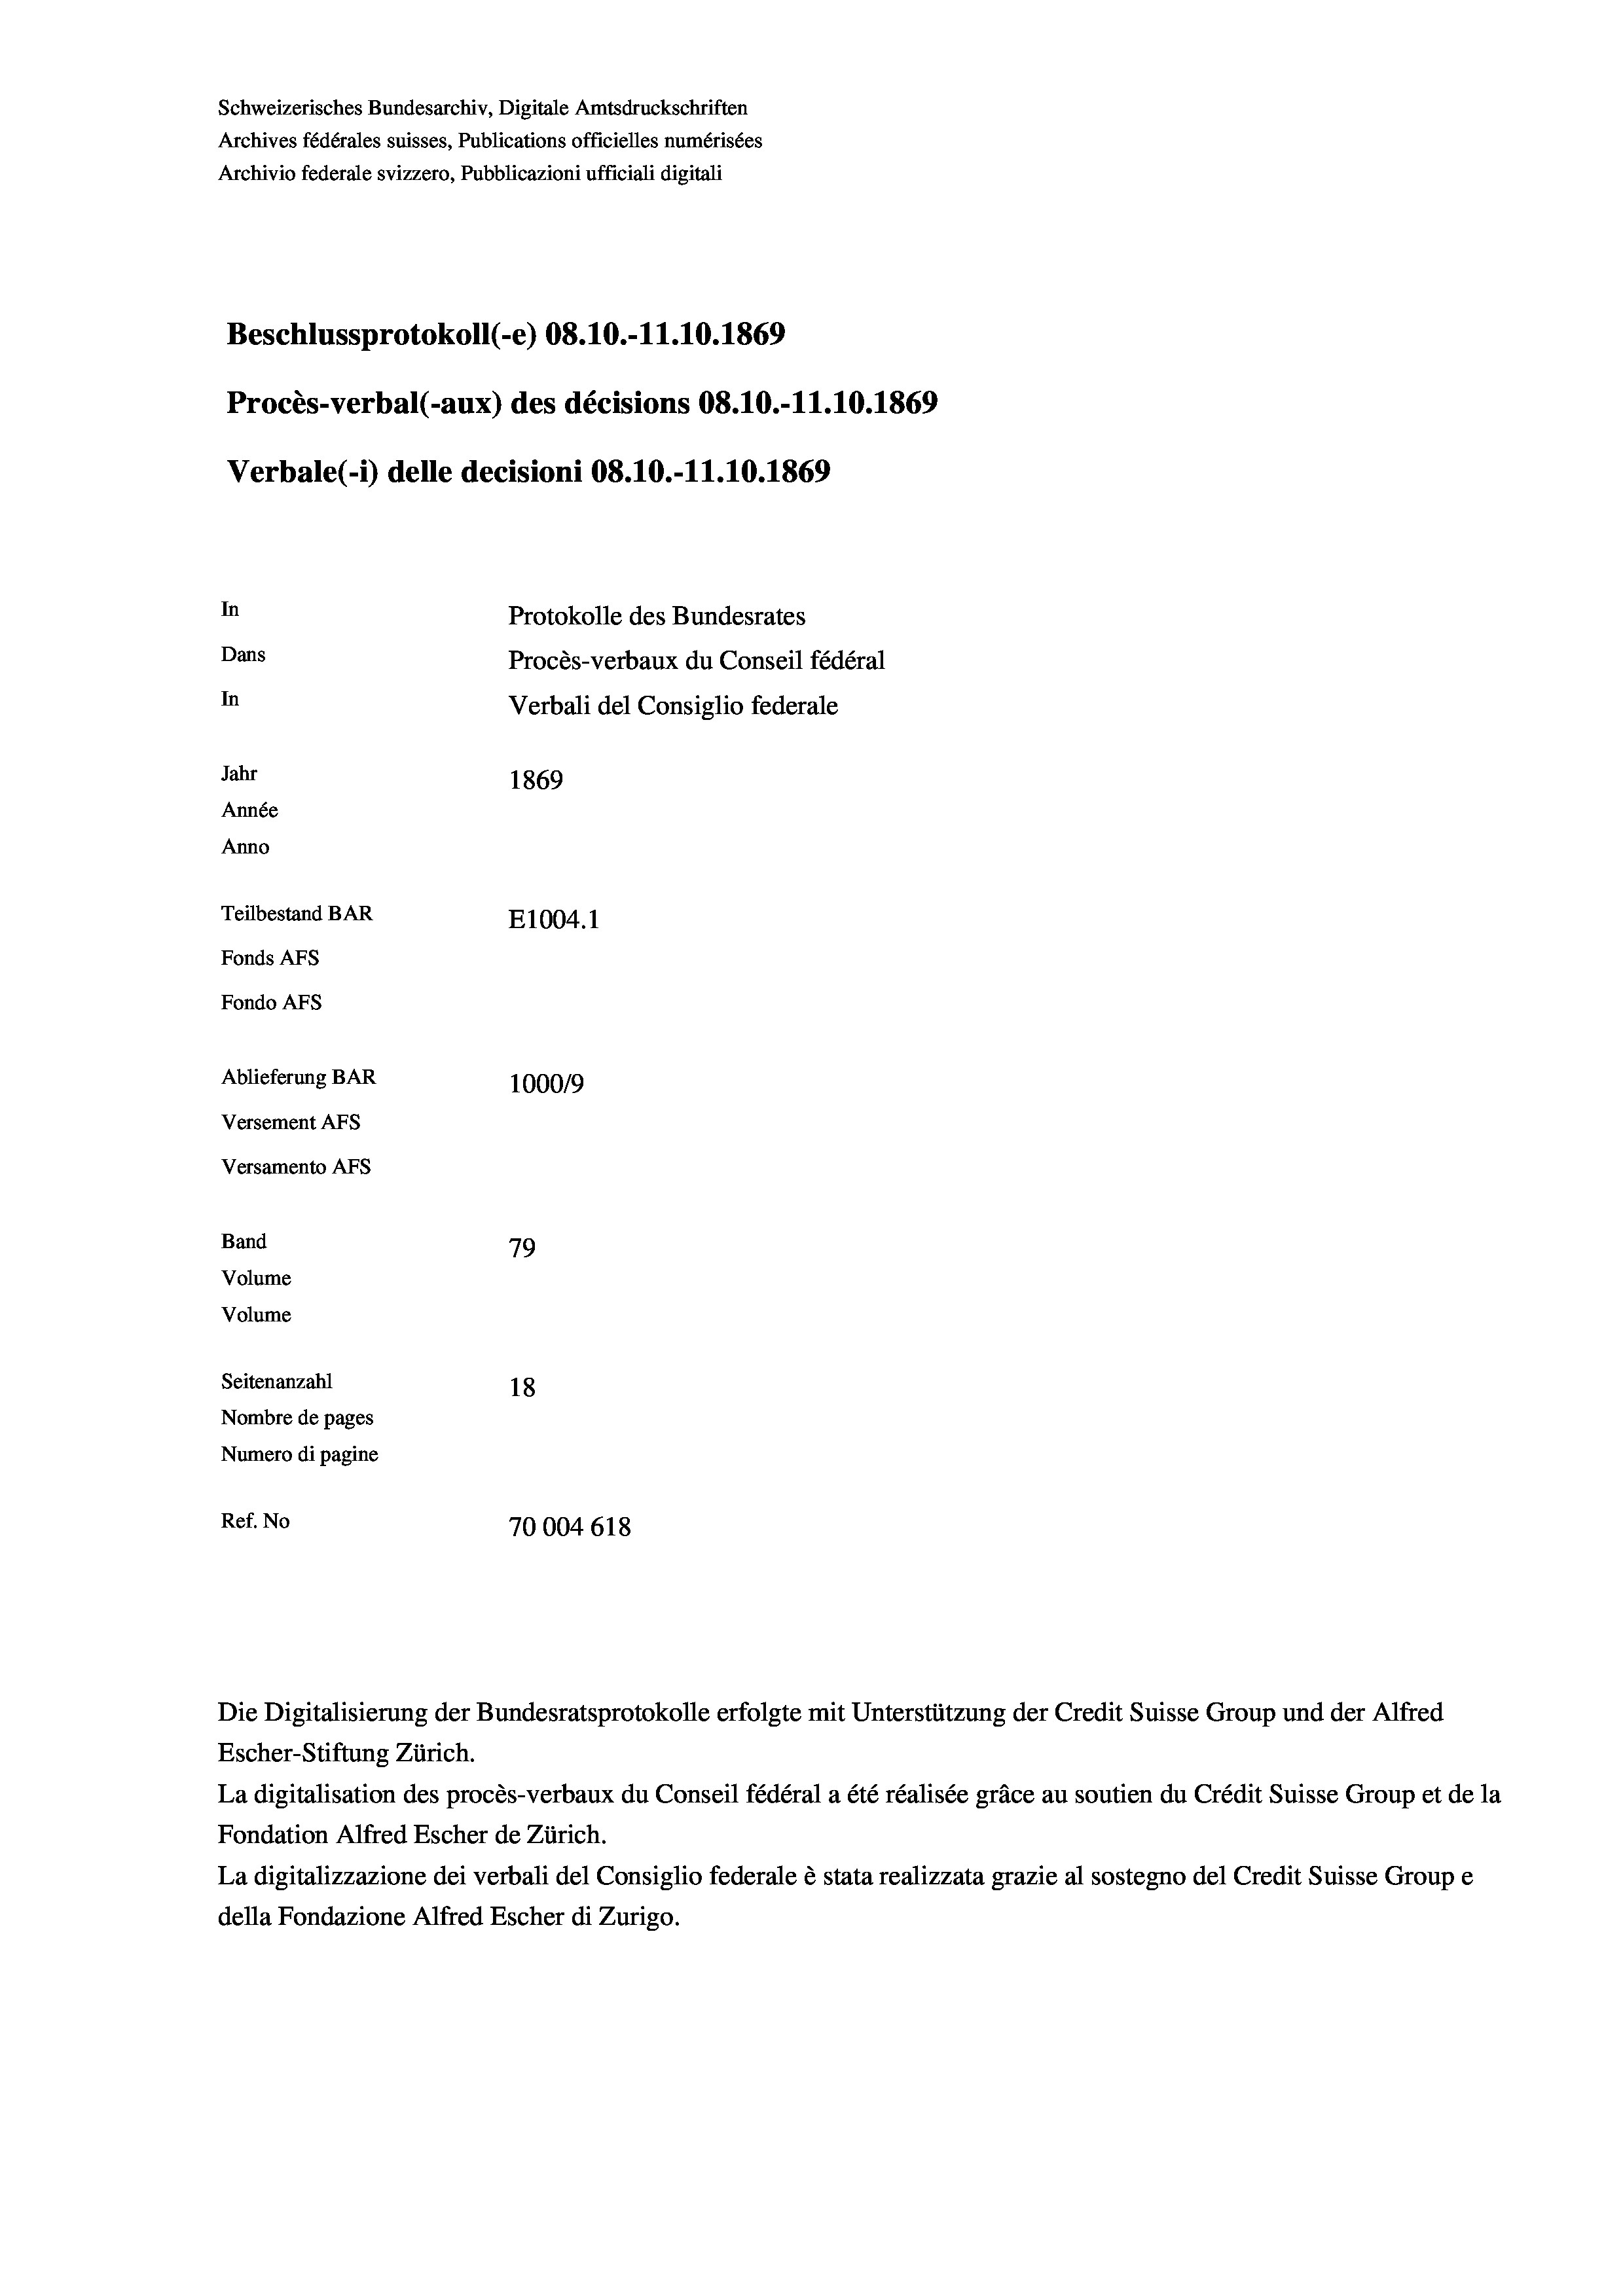
Schweizerisches Bundesarchiv, Digitale Amtsdruckschriften
Archives fédérales suisses, Publications officielles numérisées
Archivio federale svizzero, Pubblicazioni ufficiali digitali
Beschlussprotokoll (-e) 08.10.-11.10.1869
Procès-verbal (-aux) des décisions 08.10.-11.10.1869
Verbale (i) delle decisioni 08.10.-11.10.1869
In
Protokolle des Bundesrates
Dans
Procès-verbaux du Conseil fédéral
In
Verbali del Consiglio federale
Jahr
1869
Année
Anno
Teilbestand BAR
E1004.1
Fonds AFs
Fondo AFs
Ablieferung BAR
1000/9
Versement AFs
Versamento AFs
Band
79
Volume
Volume
Seitenanzahl
18
Nombre de pages
Numero di pagine
Ref. No
70004 618

Escher-Stiftung Zürich.
La digitalisation des procès-verbaux du Conseil fédéral a été réalisée gräce au soutien du Crédit Suisse Group et de la
Fondation Alfred Escher de Zürich.
La digitalizzazione dei verbali del Consiglio federale è stata realizzata grazie al sostegno del Credit Suisse Groupe
della Fondazione Alfred Escher di Zurigo.

Die Digitalisierung der Bundesratsprotokolle erfolgte mit Unterstützung der Credit Suisse Group und der Alfred